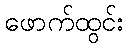
ဖောက်ထွင်း